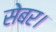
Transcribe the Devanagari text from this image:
सेबर।